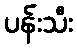
ပန်းသီး